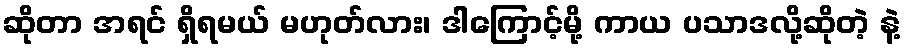
ဆိုတာ အရင် ရှိရမယ် မဟုတ်လား၊ ဒါကြောင့်မို့ ကာယ ပသာဒလို့ဆိုတဲ့ နဲ့